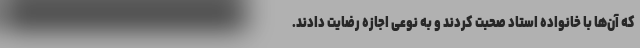
که آن‌ها با خانواده استاد صحبت کردند و به نوعی اجازه رضایت دادند.